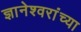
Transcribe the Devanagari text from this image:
ज्ञानेश्वरांंच्या